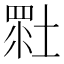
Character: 𡎯